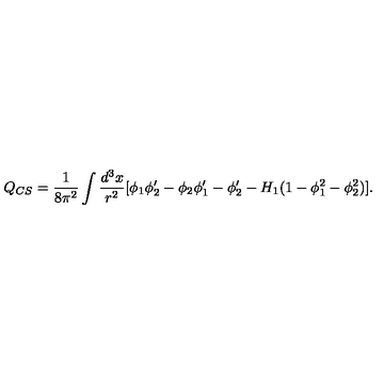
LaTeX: Q _ { C S } = \frac { 1 } { 8 \pi ^ { 2 } } \int \frac { d ^ { 3 } x } { r ^ { 2 } } [ \phi _ { 1 } \phi _ { 2 } ^ { \prime } - \phi _ { 2 } \phi _ { 1 } ^ { \prime } - \phi _ { 2 } ^ { \prime } - H _ { 1 } ( 1 - \phi _ { 1 } ^ { 2 } - \phi _ { 2 } ^ { 2 } ) ] .